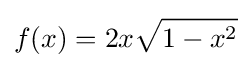
f(x)=2x{\sqrt {1-x^{2}}}